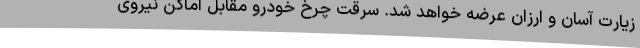
زیارت آسان و ارزان عرضه خواهد شد. سرقت چرخ خودرو مقابل اماکن نیروی